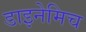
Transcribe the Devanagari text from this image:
डाइनेमिच